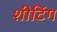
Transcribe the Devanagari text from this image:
शीटिंग